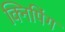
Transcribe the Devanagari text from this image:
क्निपिंग